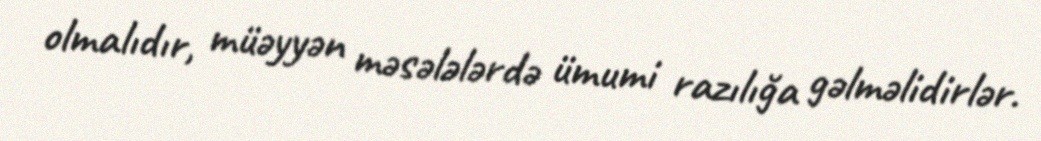
olmalıdır, müəyyən məsələlərdə ümumi razılığa gəlməlidirlər.